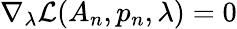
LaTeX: \nabla_{\lambda}\mathcal{L}(A_{n},p_{n},\lambda)=0